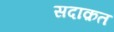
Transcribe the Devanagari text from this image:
सदाक़त